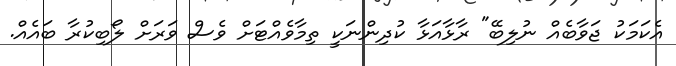
އެކަމަކު ޖަވާބެއް ނުލިބޭ" ރާޅާއަޅާ ކުދިންނަކީ ތިމާވެއްޓަށް ވެސް ވަރަށް ލޯބިކުރާ ބައެއް.